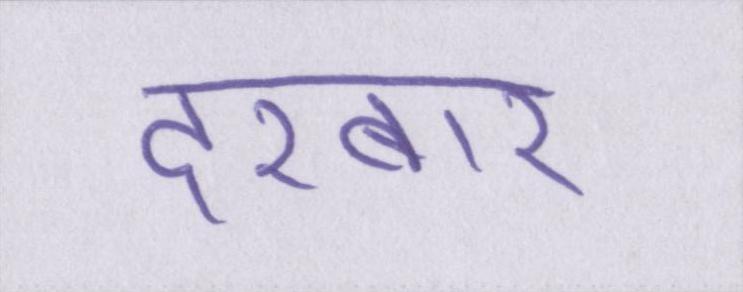
दरबार